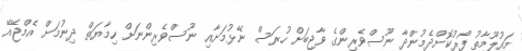
މައުލޫމާތު ފޯރުކޮށްދެމުންދާ ނޫސްވެރިންގެ ވާޖިބަށް ހުރަސް ނޭޅުމަށާއި ނޫސްވެރިންނަށް ހިމާޔަތް ދިނުމަށް އެމްޖޭއޭ